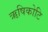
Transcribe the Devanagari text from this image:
ऋषिकोटि